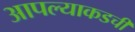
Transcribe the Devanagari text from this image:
आपल्याकडची